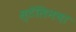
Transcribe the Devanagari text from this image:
स्टॅलिनचा